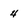
Character: 4